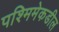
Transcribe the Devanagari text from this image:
पश्मिमेकडील